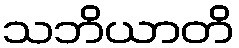
သဘိယာတိ